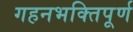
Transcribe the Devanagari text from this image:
गहनभक्तिपूर्ण